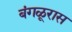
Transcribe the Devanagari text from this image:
बंगळूरास